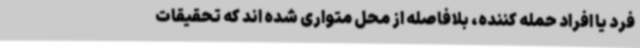
فرد یا افراد حمله کننده، بلافاصله از محل متواری شده اند که تحقیقات